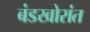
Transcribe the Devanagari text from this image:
बंडखोरांत